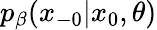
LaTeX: p_{\beta}(x_{-0}|x_{0},\theta)